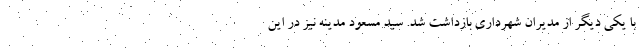
با یکی دیگر از مدیران شهرداری بازداشت شد. سید مسعود مدینه نیز در این